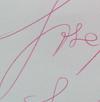
Signature authenticity: genuine